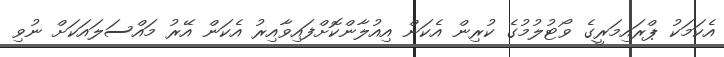
އެކަމަކު ޕްރައިމަރީގެ ވޯޓުލުމުގެ ކުރިން އެކަން އިއުލާންކޮށްފައިވާއިރު އެކަން އޭރު މައްސަލައަކަށް ނުވި